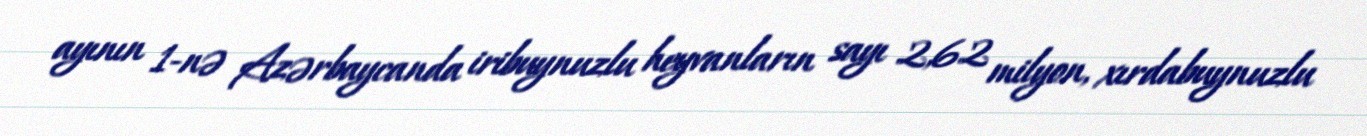
ayının 1-nə Azərbaycanda iribuynuzlu heyvanların sayı 2,62 milyon, xırdabuynuzlu